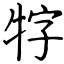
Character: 牸